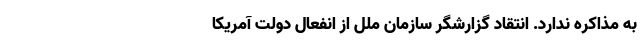
به مذاکره ندارد. انتقاد گزارشگر سازمان ملل از انفعال دولت آمریکا